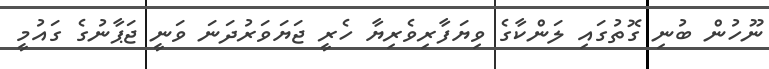
ނޫހުން ބުނި ގޮތުގައި ލަންކާގެ ވިޔަފާރިވެރިޔާ ހެރީ ޖަޔަވަރުދަނަ ވަނީ ޖަޕާނުގެ ގައުމީ